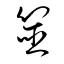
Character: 筮